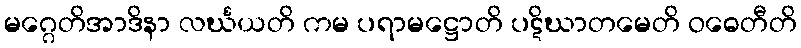
မဂ္ဂေတိအာဒိနာ လင်္ဃယတိ ကမ ပရာမဋ္ဌောတိ ပဋိဃာတမေတိ ဝဓေတီတိ